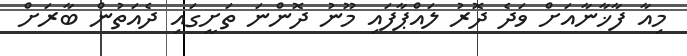
މިއާ ފާޚާނާއަށް ވަދެ ދޮރު ލައްޕާފައި މޫނު ދޮންނަ ތަށީގައި ދެއަތުން ބާރަށް